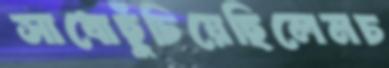
সাধোছুঁচিয়েছিলেমচ